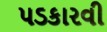
પડકારવી